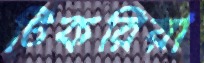
টিকরিয়া